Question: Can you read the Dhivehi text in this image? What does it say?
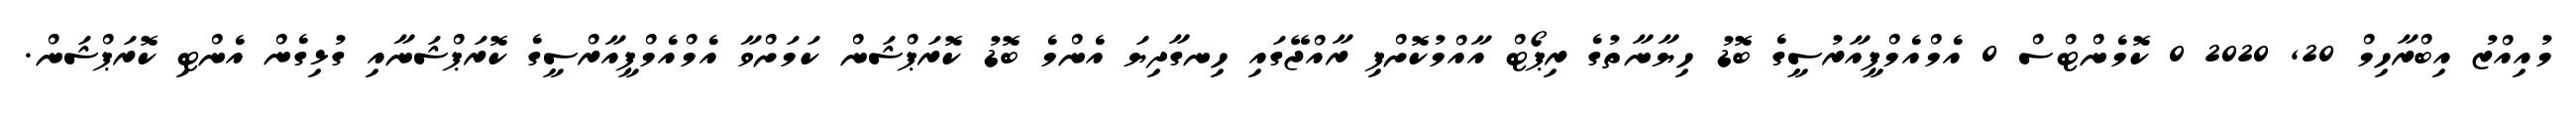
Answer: މުއިއްޒު އިބްރާހިމް 20, 2020 0 ކޮމެންޓްސް 0 އެމްއެމްޕީއާރުސީގެ ބޮޑު ހިޔާނާތުގެ ރިޕޯޓް އާއްމުކޮށްފި ރާއްޖޭގައި ހިނގާދިޔަ އެންމެ ބޮޑު ކޮރަޕްޝަން ކަމަށްވާ އެމްއެމްޕީއާރްސީގެ ކޮރަޕްޝަނާއި ގުޅިގެން އެންޓި ކޮރަޕްޝަން.